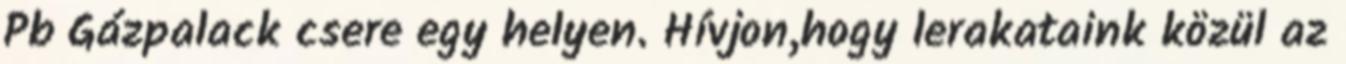
Pb Gázpalack csere egy helyen. Hívjon,hogy lerakataink közül az